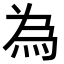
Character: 為